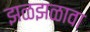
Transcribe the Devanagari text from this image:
झळझळावा